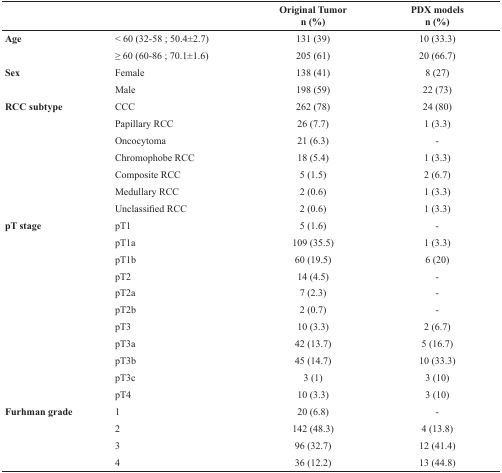
<table><thead><tr><td></td><td></td><td><b>Original Tumor n (%)</b></td><td><b>PDX models n (%)</b></td></tr></thead><tbody><tr><td><b>Age</b></td><td>&lt; 60 (32-58 ; 50.4±2.7)</td><td>131 (39)</td><td>10 (33.3)</td></tr><tr><td></td><td>≥ 60 (60-86 ; 70.1±1.6)</td><td>205 (61)</td><td>20 (66.7)</td></tr><tr><td><b>Sex</b></td><td>Female</td><td>138 (41)</td><td>8 (27)</td></tr><tr><td></td><td>Male</td><td>198 (59)</td><td>22 (73)</td></tr><tr><td><b>RCC subtype</b></td><td>CCC</td><td>262 (78)</td><td>24 (80)</td></tr><tr><td></td><td>Papillary RCC</td><td>26 (7.7)</td><td>1 (3.3)</td></tr><tr><td></td><td>Oncocytoma</td><td>21 (6.3)</td><td>-</td></tr><tr><td></td><td>Chromophobe RCC</td><td>18 (5.4)</td><td>1 (3.3)</td></tr><tr><td></td><td>Composite RCC</td><td>5 (1.5)</td><td>2 (6.7)</td></tr><tr><td></td><td>Medullary RCC</td><td>2 (0.6)</td><td>1 (3.3)</td></tr><tr><td></td><td>Unclassified RCC</td><td>2 (0.6)</td><td>1 (3.3)</td></tr><tr><td><b>pT stage</b></td><td>pT1</td><td>5 (1.6)</td><td>-</td></tr><tr><td></td><td>pT1a</td><td>109 (35.5)</td><td>1 (3.3)</td></tr><tr><td></td><td>pT1b</td><td>60 (19.5)</td><td>6 (20)</td></tr><tr><td></td><td>pT2</td><td>14 (4.5)</td><td>-</td></tr><tr><td></td><td>pT2a</td><td>7 (2.3)</td><td>-</td></tr><tr><td></td><td>pT2b</td><td>2 (0.7)</td><td>-</td></tr><tr><td></td><td>pT3</td><td>10 (3.3)</td><td>2 (6.7)</td></tr><tr><td></td><td>pT3a</td><td>42 (13.7)</td><td>5 (16.7)</td></tr><tr><td></td><td>pT3b</td><td>45 (14.7)</td><td>10 (33.3)</td></tr><tr><td></td><td>pT3c</td><td>3 (1)</td><td>3 (10)</td></tr><tr><td></td><td>pT4</td><td>10 (3.3)</td><td>3 (10)</td></tr><tr><td><b>Furhman grade</b></td><td>1</td><td>20 (6.8)</td><td>-</td></tr><tr><td></td><td>2</td><td>142 (48.3)</td><td>4 (13.8)</td></tr><tr><td></td><td>3</td><td>96 (32.7)</td><td>12 (41.4)</td></tr><tr><td></td><td>4</td><td>36 (12.2)</td><td>13 (44.8)</td></tr></tbody></table>